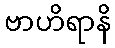
ဗာဟိရာနိ